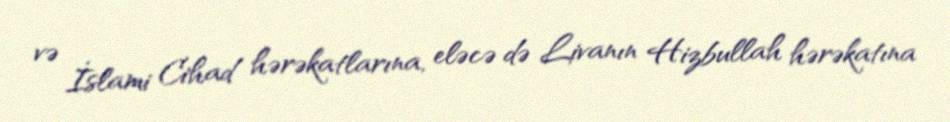
və İslami Cihad hərəkatlarına, eləcə də Livanın Hizbullah hərəkatına